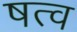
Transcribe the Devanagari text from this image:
षत्व